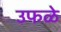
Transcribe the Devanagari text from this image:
उफळे